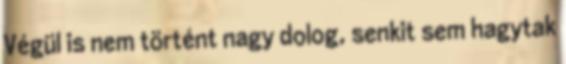
Végül is nem történt nagy dolog, senkit sem hagytak